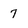
Character: 7